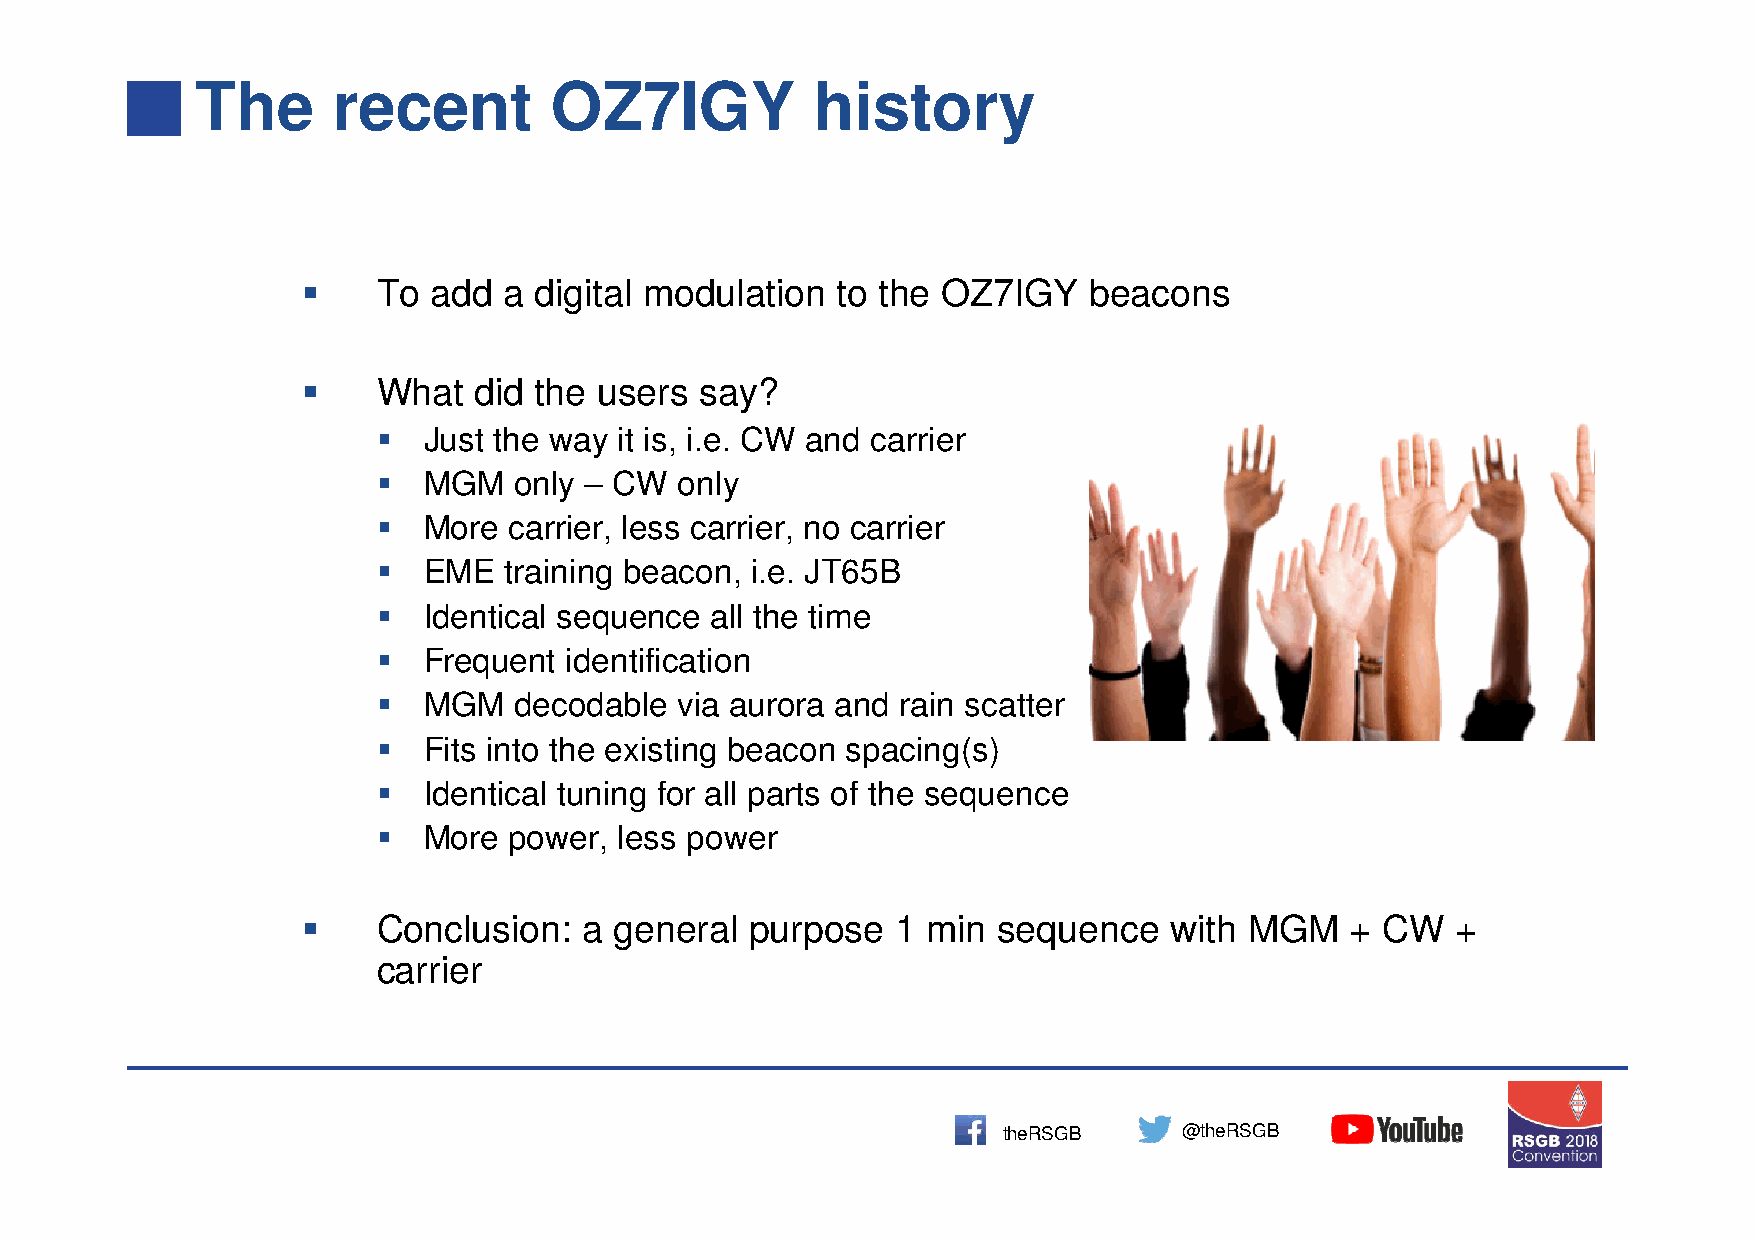
The      recent        OZ7IGY            history
 
 To  add a digital modulation  to the OZ7IGY    beacons
 
 What  did the  users say?
 
 Just the way it is, i.e. CW and carrier
 
 MGM   only – CW  only
 
 More  carrier, less carrier, no carrier
 
 EME  training beacon, i.e. JT65B
 
 Identical sequence all the time
 
 Frequent identification
 
 MGM   decodable  via aurora and rain scatter
 
 Fits into the existing beacon spacing(s)
 
 Identical tuning for all parts of the sequence
 
 More  power, less power
 
 Conclusion:   a general  purpose  1 min  sequence    with MGM   + CW   +
 carrier
 theRSGB     @theRSGB